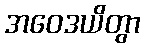
အဝေဒယိတွာ